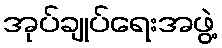
အုပ်ချုပ်ရေးအဖွဲ့